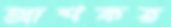
আশকর